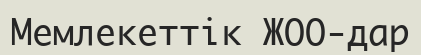
Мемлекеттік ЖОО-дар